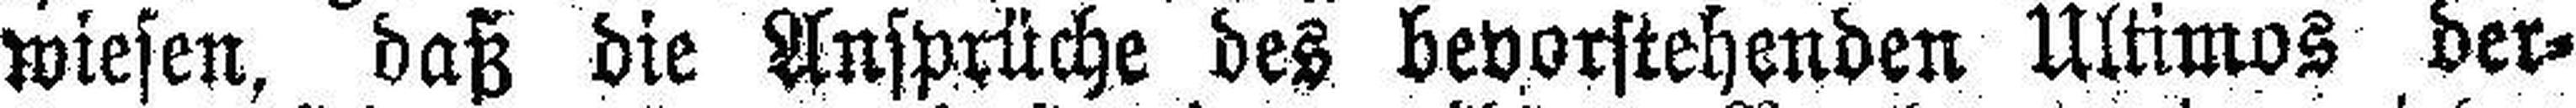
wiesen, daß die Ansprüche des bevorstehenden Ultimos der¬